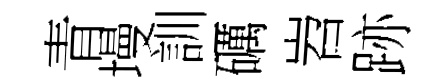
青墁訓礪岧跡